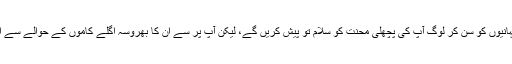
کیونکہ ان کہانیوں کو سن کر لوگ آپ کی پچھلی محنت کو سلام تو پیش کریں گے، لیکن آپ پر سے ان کا بھروسہ اگلے کاموں کے حوالے سے اٹھ جائے گا۔